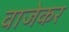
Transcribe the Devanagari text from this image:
वाजेकर